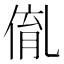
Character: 𠋃